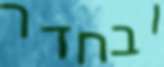
ובחדר